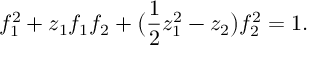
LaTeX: f _ { 1 } ^ { 2 } + z _ { 1 } f _ { 1 } f _ { 2 } + \big ( { \frac { 1 } { 2 } } z _ { 1 } ^ { 2 } - z _ { 2 } \big ) f _ { 2 } ^ { 2 } = 1 .